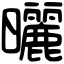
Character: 曬